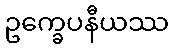
ဥက္ခေပနီယဿ